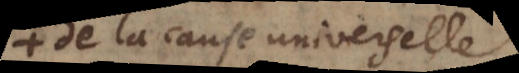
de la cause universelle